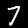
Digit: 7